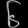
Digit: ၆